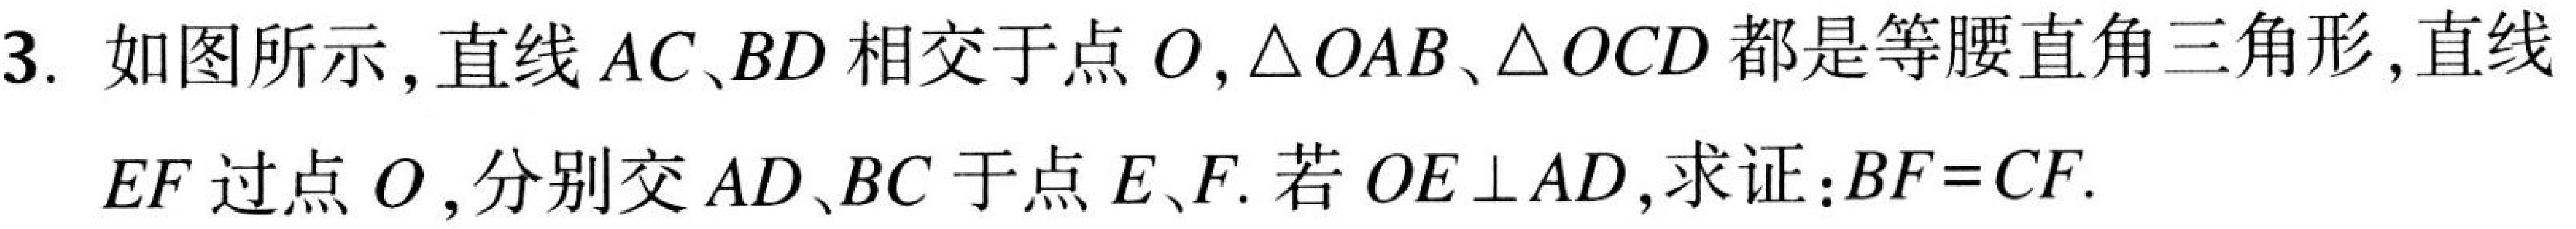
3. 如图所示, 直线 \(AC、BD\) 相交于点 \(O,\triangle OAB、\triangle OCD\) 都是等腰直角三角形, 直线
\(EF\) 过点 \(O\), 分别交 \(AD、BC\) 于点 \(E、F\). 若 \(OE\perp AD\), 求证: \(BF = CF\).